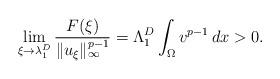
LaTeX: \begin{align*}\lim_{\xi\rightarrow \lambda_{1}^{D}}\frac{F(\xi)}{\|u_{\xi}\|^{p-1}_{\infty}}= \Lambda_{1}^{D}\int_{\Omega} v^{p-1}\,dx>0. \end{align*}